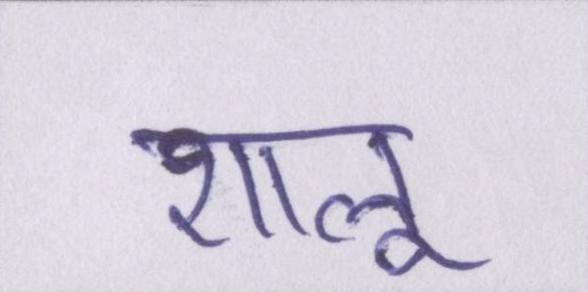
शालू